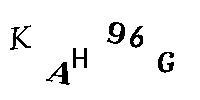
KAH96G